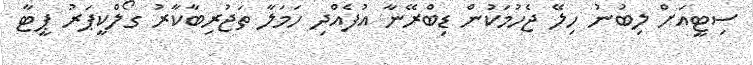
ސިޓީއަށް ލިބުނު ހިލޭ ޖެހުމަކުން ޑިބްރޭނާ އުފެއްދި ހަމަލާ ތަޖުރިބާކާރު ގޯލްކީޕަރު ޕީޓާ